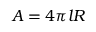
A = 4 \pi l R